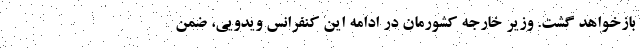
بازخواهد گشت. وزیر خارجه کشورمان در ادامه این کنفرانس ویدویی، ضمن